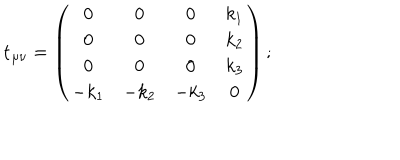
LaTeX: { \bf t } _ { \mu \nu } = \left( \begin{array} { c c c c } { { 0 } } & { { 0 } } & { { 0 } } & { { k _ { 1 } } } \\ { { 0 } } & { { 0 } } & { { 0 } } & { { k _ { 2 } } } \\ { { 0 } } & { { 0 } } & { { 0 } } & { { k _ { 3 } } } \\ { { - k _ { 1 } } } & { { - k _ { 2 } } } & { { - k _ { 3 } } } & { { 0 } } \\ \end{array} \right) ;